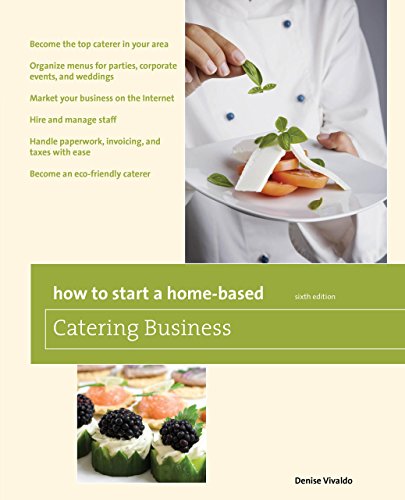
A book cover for How to Start a Home-Based Catering Business, 6th: *Become the top caterer in your area *Organize menus for parties, corporate events, and weddings ... caterer (Home-Based Business Series); Denise Vivaldo; Cookbooks, Food & Wine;